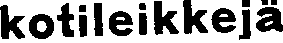
kotileikkejä